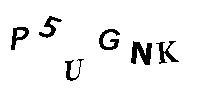
P5UGNK